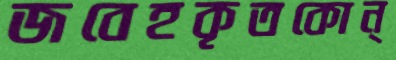
জবেহকৃতকোন্